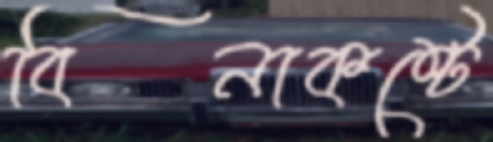
বিনাকষ্টে